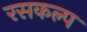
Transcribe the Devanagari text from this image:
रसकल्प